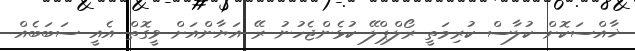
ޚާއްސަކޮށް ކުލާސް ކުރިމަތީ ރޯލްޕްލޭ ކުޅެންޖެހުނު ރޭ އަޔާންއަށް ވީގޮތް އެއީ ސަބަބެއް